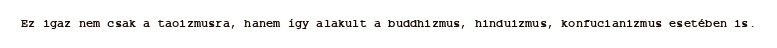
Ez igaz nem csak a taoizmusra, hanem így alakult a buddhizmus, hinduizmus, konfucianizmus esetében is.